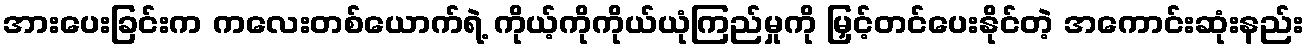
အားပေးခြင်းက ကလေးတစ်ယောက်ရဲ့ ကိုယ့်ကိုကိုယ်ယုံကြည်မှုကို မြှင့်တင်ပေးနိုင်တဲ့ အကောင်းဆုံးနည်း